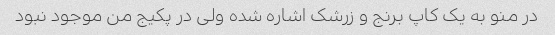
در منو به یک کاپ برنج و زرشک اشاره شده ولی در پکیج من موجود نبود